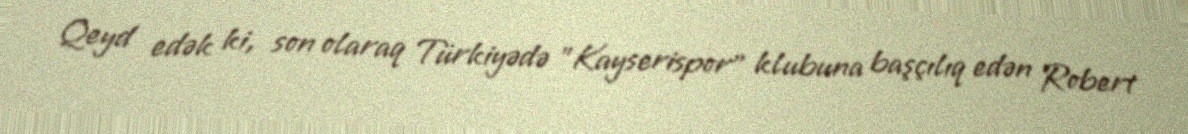
Qeyd edək ki, son olaraq Türkiyədə "Kayserispor" klubuna başçılıq edən Robert